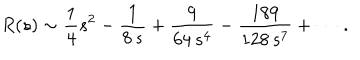
LaTeX: R ( s ) \sim { \frac { 1 } { 4 } } s ^ { 2 } - { \frac { 1 } { 8 \, s } } + { \frac { 9 } { 6 4 \, s ^ { 4 } } } - { \frac { 1 8 9 } { 1 2 8 \, s ^ { 7 } } } + \cdots \, .